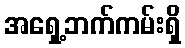
အရှေ့ဘက်ကမ်းရှိ